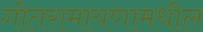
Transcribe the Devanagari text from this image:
गीतरामायणामधील